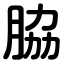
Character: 脇